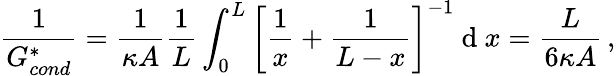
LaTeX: \frac{1}{G_{cond}^{*}}=\frac{1}{\kappa A}\frac{1}{L}\int_{0}^{L}{\left[\frac{1}{x}+\frac{1}{L-x}\right]^{-1}}\mathrm{~d~}x=\frac{L}{6\kappa A}\, ,